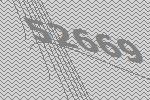
52669